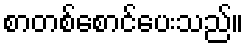
စာတစ်စောင်ပေးသည်။